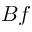
B f